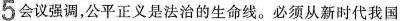
5会议强调，公平正义是法治的生命线。必须从新时代我国